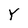
Character: Y